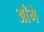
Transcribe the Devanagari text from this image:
आँगे